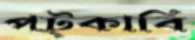
পট্‌কাবি